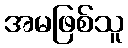
အမဖြစ်သူ